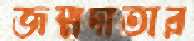
জম্মদাতার